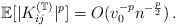
\begin{align*}\mathbb{E}[|K_{ij}^{(\mathbb{T})}|^p] = O(v_0^{-p}n^{-\frac{p}{2}})\,.\end{align*}